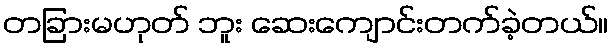
တခြားမဟုတ် ဘူး ဆေးကျောင်းတက်ခဲ့တယ်။